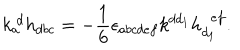
k _ { a } ^ { ~ d } h _ { d b c } = - { \frac { 1 } { 6 } } \epsilon _ { a b c d e f } k ^ { d d _ { 1 } } h _ { d _ { 1 } } ^ { ~ ~ e f } .